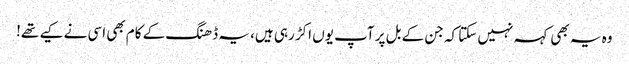
وہ یہ بھی کہہ نہیں سکتا کہ جن کے بل پر آپ یوں اکڑ رہی ہیں، یہ ڈھنگ کے کام بھی اسی نے کیے تھے!